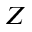
Z